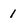
Character: 1